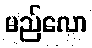
မည်လော